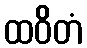
ထဝိတံ